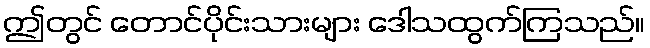
ဤတွင် တောင်ပိုင်းသားများ ဒေါသထွက်ကြသည်။